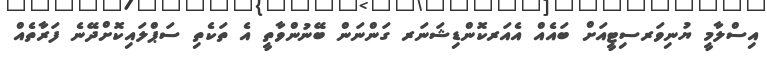
އިސްލާމީ ޔުނިވަރސިޓީއަށް ބައެއް އެއަރކޮންޑިޝަނަރ ގަންނަން ބޭނުންވާތީ އެ ތަކެތި ސަޕްލައިކޮށްދޭނެ ފަރާތެއް